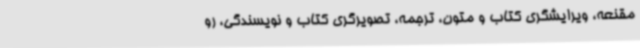
مقنعه، ویرایشگری کتاب و متون، ترجمه، تصویرگری کتاب و نویسندگی، رو